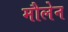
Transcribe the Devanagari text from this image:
मौलेन